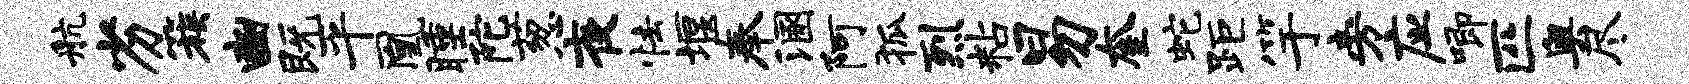
航劣簇豳既平凰睡陀葱夜怯堰奉溷阿狐烈粘易奎蛇距竽旁应唧匹奥尽